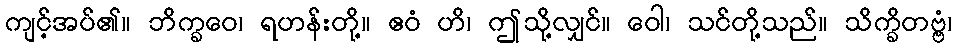
ကျင့်အပ်၏။ ဘိက္ခဝေ၊ ရဟန်းတို့။ ဧဝံ ဟိ၊ ဤသို့လျှင်။ ဝေါ၊ သင်တို့သည်။ သိက္ခိတဗ္ဗံ၊